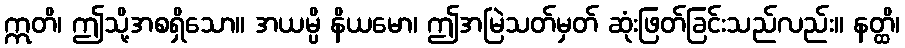
ဣတိ၊ ဤသို့အစရှိသော။ အယမ္ပိ နိယမော၊ ဤအမြဲသတ်မှတ် ဆုံးဖြတ်ခြင်းသည်လည်း။ နတ္ထိ၊